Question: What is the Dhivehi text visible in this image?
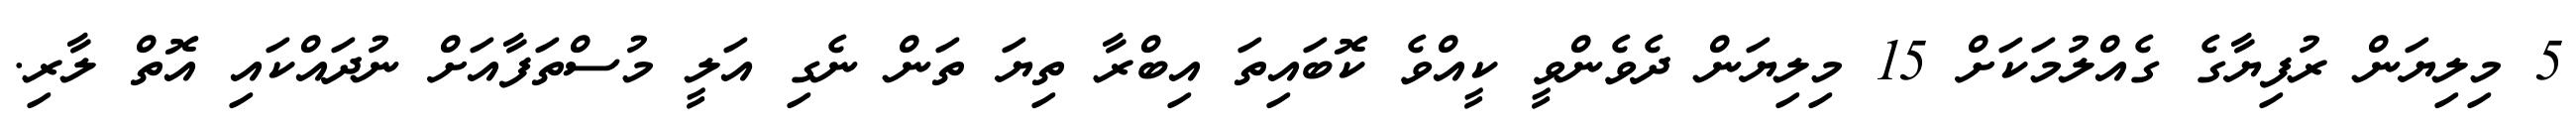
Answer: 5 މިލިޔަން ރުފިޔާގެ ގެއްލުމަކަށް 15 މިލިޔަން ދެވެންވީ ކީއްވެ ކޮބައިތަ އިބްރާ ތިޔަ ތަން ނެގި އަލީ މުސްތަފާއަށް ނުދައްކައި އޮތް ލާރި.